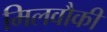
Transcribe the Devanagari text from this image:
मिलवौकी